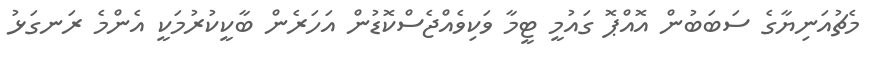
މެޗުއަނިޔާގެ ސަބަބުން އޮއްޕޮ ގައުމީ ޓީމާ ވަކިވެއްޖެސްކޮޑުން އަހަރެން ބާކީކުރުމަކީ އެންމެ ރަނގަޅު